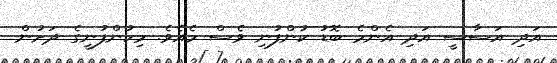
އަދި އަސާސީ އަދި އެންމެ ބޮޑު ކުންފުނި ވެސް މެއެވެ. މިކުންފުނީގެ ދަށުން